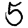
Digit: 5